Report on sanitation, dispensaries, and jails in Rajputana for 1912, and on vaccination for the year 1912-1913 - 1912-1913
Year: 1912
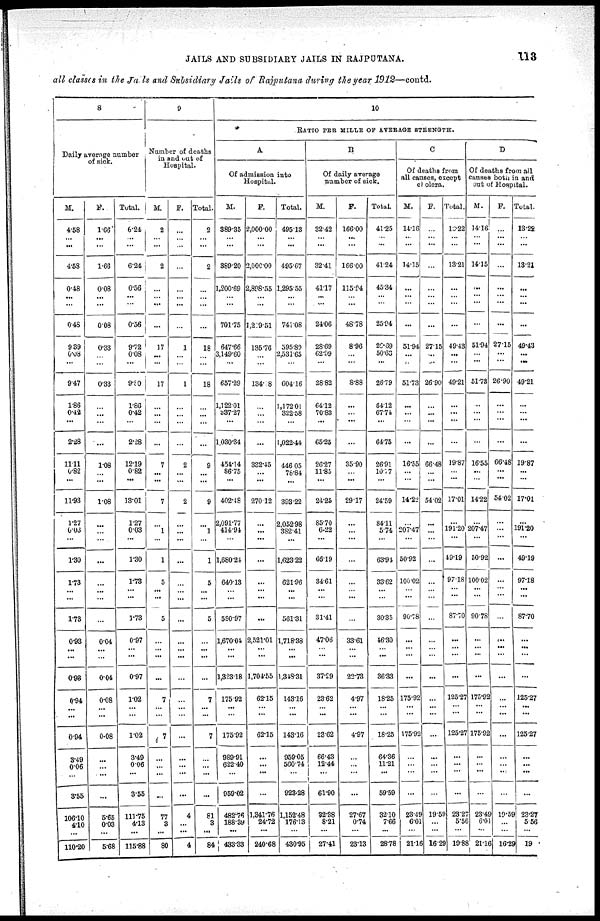
JAILS AND SUBSIDIARY JAILS IN RAJPUTANA.
113
all classes in the Jails and Subsidiary Jails of Rajputana during the year 1912—contd.
8
Daily average number
of sick.
M.
4.58
...
...
4.58
0.48
...
...
0.48
9.39
0.08
...
9.47
1.86
0.42
...
2.28
11.11
0.82
...
11.93
1.27
6.03
...
1.30
1.73
...
...
1.73
0.93
...
...
0.93
0.94
...
...
0.94
3.49
0.06
...
3.55
106.10
4.10
...
110.20
F.
1.66
...
...
1.66
0.08
...
...
0.08
0.33
...
...
0.33
...
...
...
...
1.08
...
...
1.08
...
...
...
...
...
...
...
...
0.04
...
...
0.04
0.08
...
...
0.08
...
...
...
...
5.65
0.03
...
5.68
Total.
6.24
...
...
6.24
0.56
...
...
0.56
9.72
0.08
...
9.80
1.86
0.42
...
2.28
12.19
0.82
...
13.01
1.27
0.03
...
1.30
1.73
...
...
1.73
0.97
...
...
0.97
1.02
...
...
1.02
3.49
0.06
...
3.55
111.75
4.13
...
115.88
9
Number of deaths
in and out of
Hospital.
M.
2
...
...
2
...
...
...
...
17
...
...
17
...
...
...
...
7
...
...
7
...
1
...
1
5
...
...
5
...
...
...
...
7
...
...
7
...
...
...
...
77
3
...
80
F.
...
...
...
...
...
...
...
...
1
...
...
1
...
...
...
...
2
...
...
2
...
...
...
...
...
...
...
...
...
...
...
...
...
... ...
...
...
...
...
...
4
...
...
4
Total.
2
...
...
2
...
...
...
18
...
...
18
...
...
...
...
9
...
...
9
...
1
...
1
5
...
...
5
...
...
...
...
7
...
...
7
...
...
...
...
81
3
...
84
10
RATIO PER MILLE OF AVERAGE STRENGTH.
A
Of admission into
Hospital.
M.
389.35
...
...
389.20
1,200.69
...
...
701.75
647.66
3,149.60
...
657.29
1,122.01
337.27
...
1,030.34
454.14
86.75
...
402.48
2,091.77
414.94
...
1,680.24
640.13
...
...
580.97
1,670.04
...
...
1,323.18
175.92
...
...
175.92
989.91
622.40
...
959.02
482.76
188.39
...
433.33
F.
2,000.00
...
...
2,000.00
2,898.55
...
...
1,219.51
135.76
...
...
134. 8
...
...
...
...
332.45
...
...
270.12
...
...
...
...
...
...
...
...
2,521.01
...
...
1,704.55
62.15
... ...
62.15
...
...
...
...
1,341.76
24.72
...
240.68
Total.
495.13
...
...
495.67
1,295.55
...
...
741.08
595.89
2,531.65
...
604.16
1,172.01
322.58
...
1,022.44
446.05
78.84
...
393.22
2,052.98
382.41
...
1,623.22
621.96
...
...
561.31
1,718.38
...
...
1,348.31
143.16
...
...
143.16
959.05
560.74
...
923.28
1,152.48
176.13
...
430.95
B
Of daily average
number of sick.
M.
32.42
...
...
32.41
41.17
...
...
24.06
28.69
62.09
...
28.82
64.12
70.83
...
65.25
26.27
11.85
...
24.25
85.70
6.22
...
66.19
34.61
...
...
31.41
47.06
...
...
37.29
23.62
... ...
23.62
66.43
12.44
...
61.90
32.38
8.21
...
27.41
F.
166.00
...
...
166.00
115.94
...
...
48.78
8.96
...
...
8.88
...
...
...
...
35.90
...
...
29.17
...
...
...
...
...
...
...
...
33.61
... ...
22.73
4.97
...
...
4.97
...
...
...
27.67
0.74
...
23.13
Total.
41.25
...
...
41.24
45.34
...
...
25.94
26.69
50.63
...
26.79
64.12
67.74
...
64.75
26.91
10.77
...
24.59
84.11
5.74
...
63.94
33.62
...
...
30.35
46.30
...
...
36.33
18.25
...
...
18.25
64.36
11.21
...
59.59
32.10
7.66
...
28.78
C
Of deaths from
all causes, except
cholera.
M.
14.16
...
...
14.15
...
...
...
...
51.94
...
...
51.73
...
...
...
...
16.55
...
...
14.22
...
207.47
...
50.92
100.02
...
...
90.78
...
...
...
...
175.92
...
...
175.92
...
...
...
...
23.49
6.01
...
21.16
F.
...
...
...
...
...
...
...
...
27.15
...
...
26.90
...
...
...
...
66.48
...
...
54.02
...
...
...
...
...
...
...
...
...
...
...
...
...
...
...
...
...
...
...
...
19.59
...
...
16.29
Total.
13.22
...
...
13.21
...
...
...
...
49.43
...
...
49.21
...
...
...
...
19.87
...
...
17.01
...
191.20
...
49.19
97.18
...
...
87.70
...
...
...
...
125.27
...
...
125.27
...
...
...
...
23.27
5.56
...
19.88
D
Of deaths from all
causes both in and
out of Hospital.
M.
14.16
...
...
14.15
...
...
...
...
51.94
...
...
51.73
...
...
...
...
16.55
...
...
14.22
...
207.47
...
50.92
100.02
...
...
90.78
...
...
...
...
175.92
...
...
175.92
...
...
...
...
23.49
6.01
...
21.16
F.
...
...
...
...
...
...
...
...
27.15
...
...
26.90
...
...
...
...
66.48
...
...
54.02
...
...
...
...
...
...
...
...
...
...
...
...
...
... ...
...
...
...
...
...
19.59
...
...
16.29
Total.
13.22
...
...
13.21
...
...
...
...
49.43
...
...
49.21
...
...
...
...
19.87
...
...
17.01
...
191.20
...
49.19
97.18
...
...
87.70
...
...
...
...
125.27
...
...
125.27
...
...
...
...
23.27
5.56
...
19